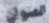
العنوان